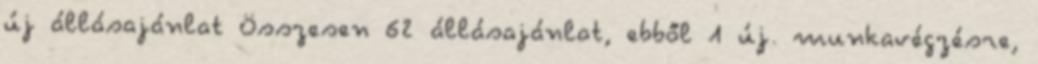
új állásajánlat Összesen 62 állásajánlat, ebből 1 új. munkavégzésre,